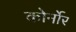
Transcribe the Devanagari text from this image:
कोर्नोर